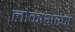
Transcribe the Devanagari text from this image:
लोकाभरण